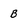
Character: B